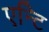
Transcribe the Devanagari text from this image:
एन्टि